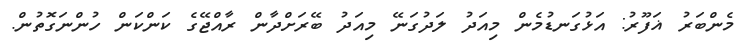
މެންބަރު ޣަފޫރު: އަޅުގަނޑުމެން މިއަދު ލަދުގަނޭ މިއަދު ބޭރަށްދާން ރާއްޖޭގެ ކަންކަން ހުންނަގޮތުން.